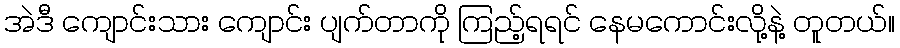
အဲဒီ ကျောင်းသား ကျောင်း ပျက်တာကို ကြည့်ရရင် နေမကောင်းလို့နဲ့ တူတယ်။